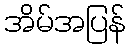
အိမ်အပြန်